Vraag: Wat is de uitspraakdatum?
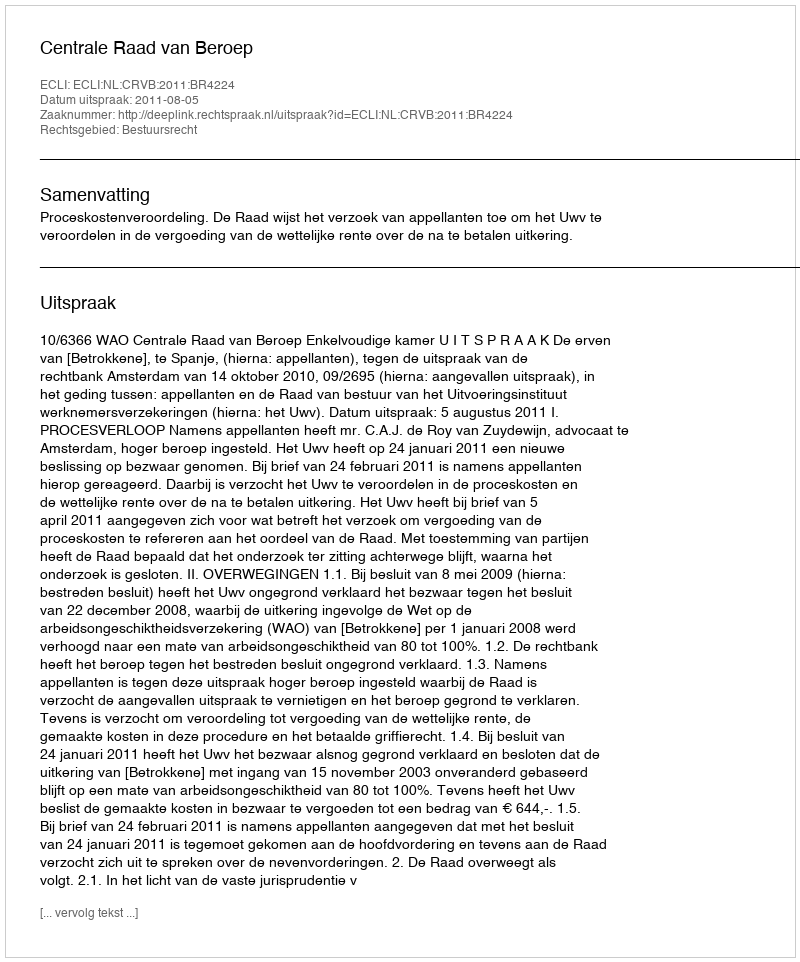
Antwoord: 2011-08-05